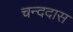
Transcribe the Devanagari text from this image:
चन्ददास